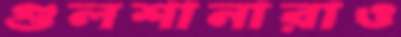
গুলশানারাও